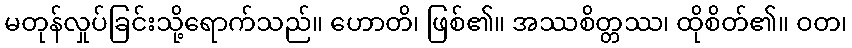
မတုန်လှုပ်ခြင်းသို့ရောက်သည်။ ဟောတိ၊ ဖြစ်၏။ အဿစိတ္တဿ၊ ထိုစိတ်၏။ ဝတ၊